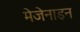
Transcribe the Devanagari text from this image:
मेजेनाइन